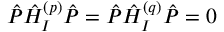
\hat { P } \hat { H } _ { I } ^ { ( p ) } \hat { P } = \hat { P } \hat { H } _ { I } ^ { ( q ) } \hat { P } = 0